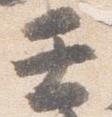
壬